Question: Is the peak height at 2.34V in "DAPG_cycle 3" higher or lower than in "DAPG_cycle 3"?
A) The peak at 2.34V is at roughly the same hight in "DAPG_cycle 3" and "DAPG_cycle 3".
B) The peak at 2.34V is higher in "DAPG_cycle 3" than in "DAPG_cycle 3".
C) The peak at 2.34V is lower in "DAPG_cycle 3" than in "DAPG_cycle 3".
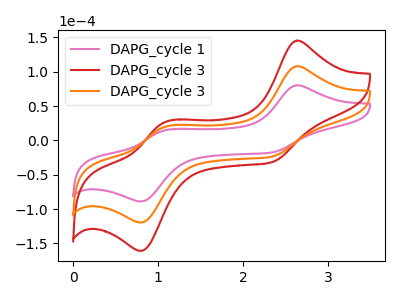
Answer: <think>The pink curve "DAPG_cycle 1" has anodic peaks at (2.60V, 80.30uA) (1.05V, 14.45uA) and cathodic peaks at (2.35V, -17.45uA) (0.80V, -88.80uA). The red curve "DAPG_cycle 3" has anodic peaks at (2.60V, 216.00uA) (1.05V, 38.85uA) and cathodic peaks at (2.35V, -46.95uA) (0.80V, -238.90uA). The orange curve "DAPG_cycle 3" has anodic peaks at (2.60V, 108.00uA) (1.05V, 19.45uA) and cathodic peaks at (2.35V, -23.50uA) (0.80V, -119.45uA).</think>
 <answer>B) The peak at 2.34V is higher in "DAPG_cycle 3" than in "DAPG_cycle 3".</answer>
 <eval>B</eval>